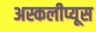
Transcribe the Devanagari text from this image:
अस्कलीप्यूस